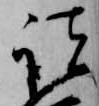
諸